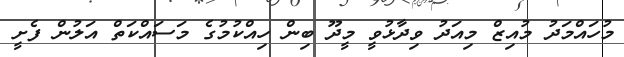
މުހައްމަދު މުއިޒް މިއަދު ވިދާޅުވީ މީދޫ ބިން ހިއްކުމުގެ މަސައްކަތް އަލުން ފެށީ